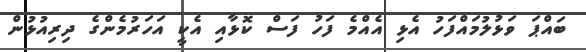
ބައްޕަ ވަޅުލުމައްފަހު އެޅި އެއްމެ ފަހު ފަސް ކޮޅާއި އެކީ އަހަރުމެންގެ ދިރިއުޅުން